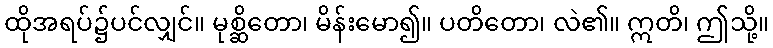
ထိုအရပ်၌ပင်လျှင်။ မုစ္ဆိတော၊ မိန်းမော၍။ ပတိတော၊ လဲ၏။ ဣတိ၊ ဤသို့။